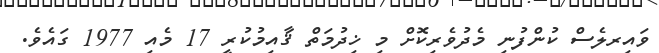
ވައިރލެސް ކުންފުނި މެދުވެރިކޮށް މި ޚިދުމަތް ޤާއިމުކުރީ 17 މެއި 1977 ގައެވެ.